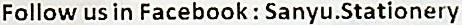
FOLLOW US IN FACEBOOK : SANYU.STATIONERY